Indian journal of veterinary science and animal husbandry - Volumes 28-29, 1958-1959
Year: 1958
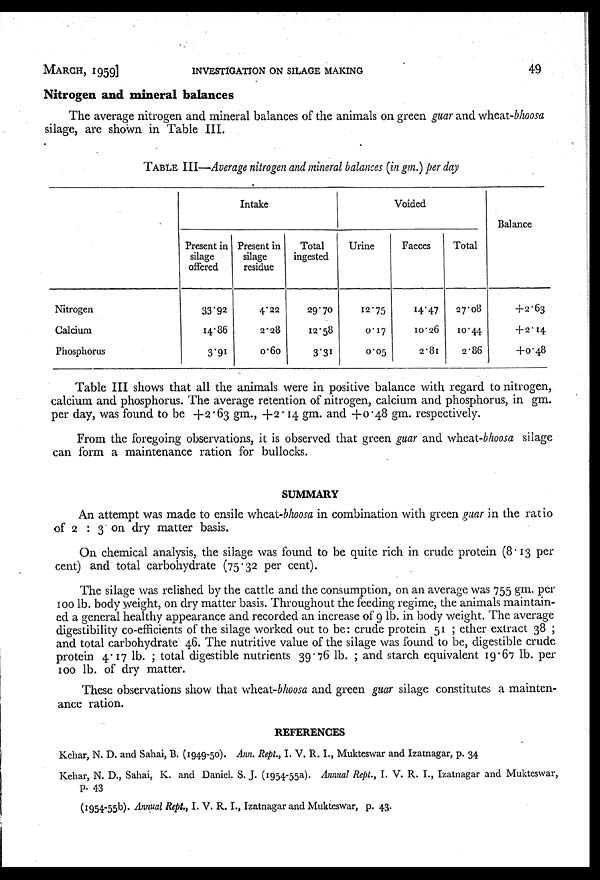
MARCH, 1959]
INVESTIGATION
ON
SILAGE
MAKING
49
Nitrogen and mineral balances
The average nitrogen and mineral balances of the animals on green guar and wheat-bhoosa
silage, are shown in Table III.
TABLE III—Average nitrogen and mineral balances (in gm.) per day
Nitrogen
Calcium
Phosphorus
Intake
Present in
silage
offered
33.92
14.36
3.91
Present in
silage
residue
4.22
2.28
0.60
Total
ingested
29.70
12.58
3.31
Voided
Urine
12.75
0.17
0.05
Faeces
14.47
10.26
2.81
Total
27.08
10.44
2.86
Balance
+2.63
+2.14
+0.48
Table III shows that all the animals were in positive balance with regard to nitrogen,
calcium and phosphorus. The average retention of nitrogen, calcium and phosphorus, in gm.
per day, was found to be +2.63 gm., +2.14 gm. and +0.48 gm. respectively.
From the foregoing observations, it is observed that green guar and wheat-bhoosa silage
can form a maintenance ration for bullocks.
SUMMARY
An attempt was made to ensile wheat-bhoosa in combination with green guar in the ratio
of 2 : 3 on dry matter basis.
On chemical analysis, the silage was found to be quite rich in crude protein (8.13 per
cent) and total carbohydrate (75.32 per cent).
The silage was relished by the cattle and the consumption, on an average was 755 gm. per
100 lb. body weight, on dry matter basis. Throughout the feeding regime, the animals maintain-
ed a general healthy appearance and recorded an increase of 9 lb. in body weight. The average
digestibility co-efficients of the silage worked out to be : crude protein 51 ; ether extract 38 ;
and total carbohydrate 46. The nutritive value of the silage was found to be, digestible crude
protein 4.17 lb. ; total digestible nutrients 39.76 lb. ; and starch equivalent 19.67 lb. per
100 lb. of dry matter.
These observations show that wheat-bhoosa and green guar silage constitutes a mainten-
ance ration.
REFERENCES
Kehar, N. D. and Sahai, B. (1949-50). Ann. Rept., I. V. R. I., Mukteswar and Izatnagar, p. 34
Kehar, N. D., Sahai, K. and Daniel. S. J. (1954-55a). Annual Rept., I. V. R. I., Izatnagar and Mukteswar,
p. 43
(1954-55b). Annual Rept., I. V. R. I., Izatnagar and Mukteswar, p. 43.